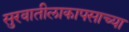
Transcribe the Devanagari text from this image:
सुरवातीलाकापसाच्या